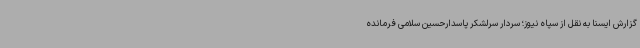
گزارش ایسنا به نقل از سپاه نیوز؛ سردار سرلشکر پاسدارحسین سلامی فرمانده